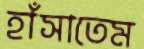
হাঁসাতেম